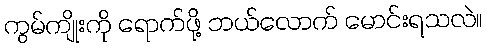
ကွမ်ကျိုးကို ရောက်ဖို့ ဘယ်လောက် မောင်းရသလဲ။